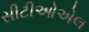
સીટીઓએલ